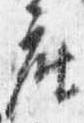
座